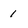
Character: 1